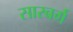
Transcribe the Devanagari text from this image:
सारबर्ग